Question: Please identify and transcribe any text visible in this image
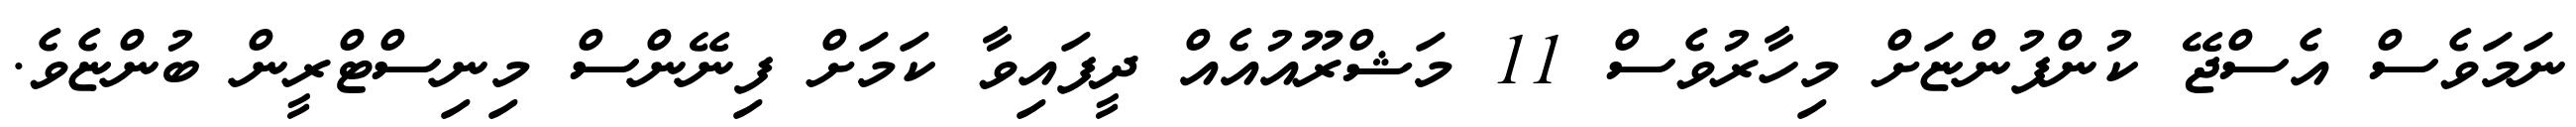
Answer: ނަމަވެސް އެސްޖޭ ކުންފުންޏަށް މިހާރުވެސް 11 މަޝްރޫއުއެއް ދީފައިވާ ކަމަށް ފިނޭންސް މިނިސްޓްރީން ބުންޏެވެ.